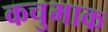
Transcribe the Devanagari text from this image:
कचुमाक